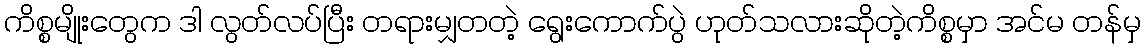
ကိစ္စမျိုးတွေက ဒါ လွတ်လပ်ပြီး တရားမျှတတဲ့ ရွေးကောက်ပွဲ ဟုတ်သလားဆိုတဲ့ကိစ္စမှာ အင်မ တန်မှ